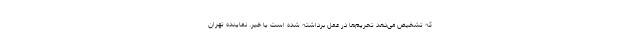
که تشخیص می‌دهد تحریم‌ها در عمل برداشته شده است یا خیر. نماینده تهران